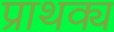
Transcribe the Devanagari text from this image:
प्राथक्य